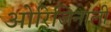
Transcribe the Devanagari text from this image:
ओरिजिनाली